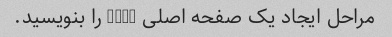
مراحل ایجاد یک صفحه اصلی HTML را بنویسید.